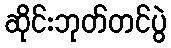
ဆိုင်းဘုတ်တင်ပွဲ